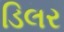
ડિલર